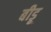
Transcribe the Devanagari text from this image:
बीडू